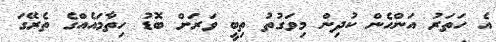
އެ ހަތަރު އަންހެން ކުދިން މިވަގުތު ތިބީ ވަރަށް ބޮޑު ހިތާމައެއްގެ ތެރޭގަ